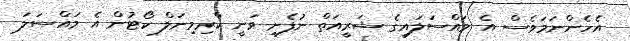
އެހެންނަމަވެސް އެ މައްސަލައިގެ ޝަރީއަތް ނުފެށި ވަނީ ކްރިމިނަލް ކޯޓުން އެ މައްސަލަ